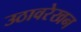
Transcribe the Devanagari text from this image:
उठावरेखन